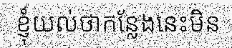
ខ្ញុំយល់ថាកន្លែងនេះមិន